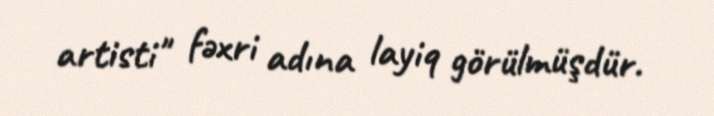
artisti" fəxri adına layiq görülmüşdür.